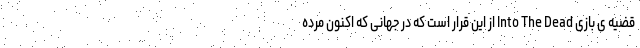
قضیه ی بازی Into The Dead از این قرار است که در جهانی که اکنون مرده